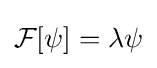
{\mathcal {F}}[\psi ]=\lambda \psi